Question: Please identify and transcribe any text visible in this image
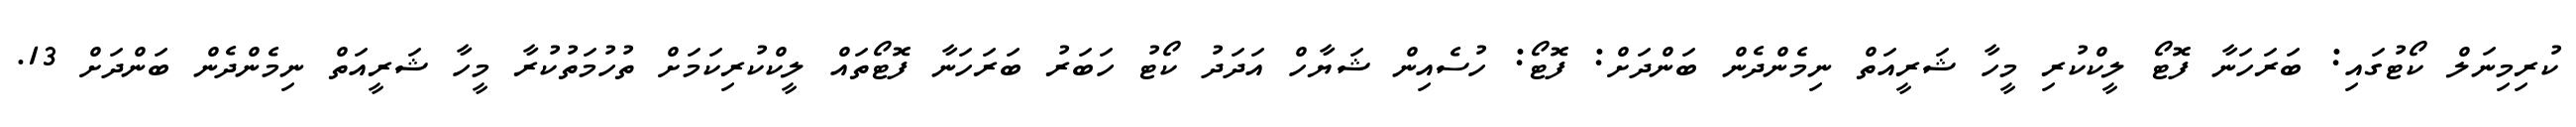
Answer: ކުރިމިނަލް ކޯޓުގައި: ބަރަހަނާ ފޮޓޯ ލީކްކުރި މީހާ ޝަރީއަތް ނިމެންދެން ބަންދަށް: ފޮޓޯ: ހުސެއިން ޝަޔާހް އަދަދު ކޯޓު ހަބަރު ބަރަހަނާ ފޮޓޯތައް ލީކްކުރިކަމަށް ތުހުމަތުކުރާ މީހާ ޝަރީއަތް ނިމެންދެން ބަންދަށް 13.